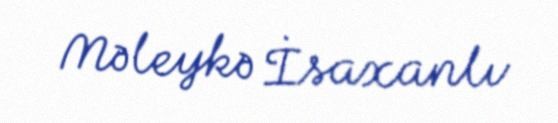
Məleykə İsaxanlı